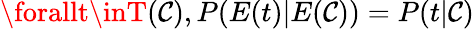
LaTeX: \forallt\inT(\mathcal{C}),P(E(t)|E(\mathcal{C}))=P(t|\mathcal{C})